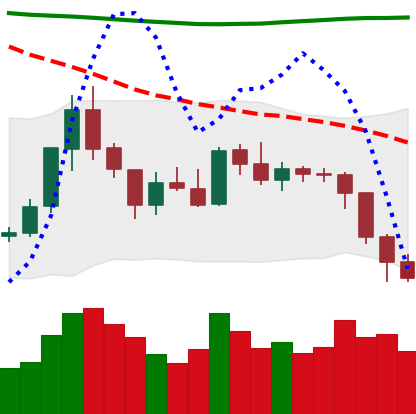
Ticker: ETH-USD
Chart end date: 2018-08-02
Forward return: -7.854%
Label: down_7plus